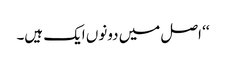
‘‘ اصل میں دونوں ایک ہیں۔